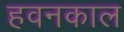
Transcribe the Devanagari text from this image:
हवनकाल